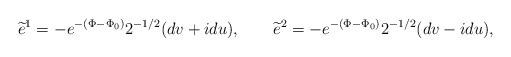
\begin{align*}\widetilde e^1 = - e^{-(\Phi -\Phi_0)} 2^{-1/2}(dv +i du) ,\qquad \widetilde e^2 = - e^{-(\Phi -\Phi_0)} 2^{-1/2}(dv -i du) ,\end{align*}